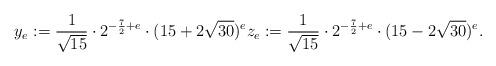
LaTeX: \begin{align*}y_e:=\frac{1}{\sqrt{15}} \cdot 2^{-\frac{7}{2}+e} \cdot (15+2\sqrt{30})^e z_e:= \frac{1}{\sqrt{15}} \cdot 2^{-\frac{7}{2}+e}\cdot (15-2\sqrt{30})^e.\end{align*}